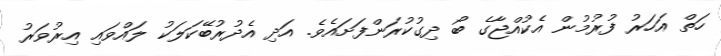
ހަތް އަހަރު ފުރުމުން އެކުއްޖާގެ ބޯ ދިގުކުރަންފަށައެވެ. އަދި އެދުރުބޭކަލަކު ލައްވައި އިރުވަރު